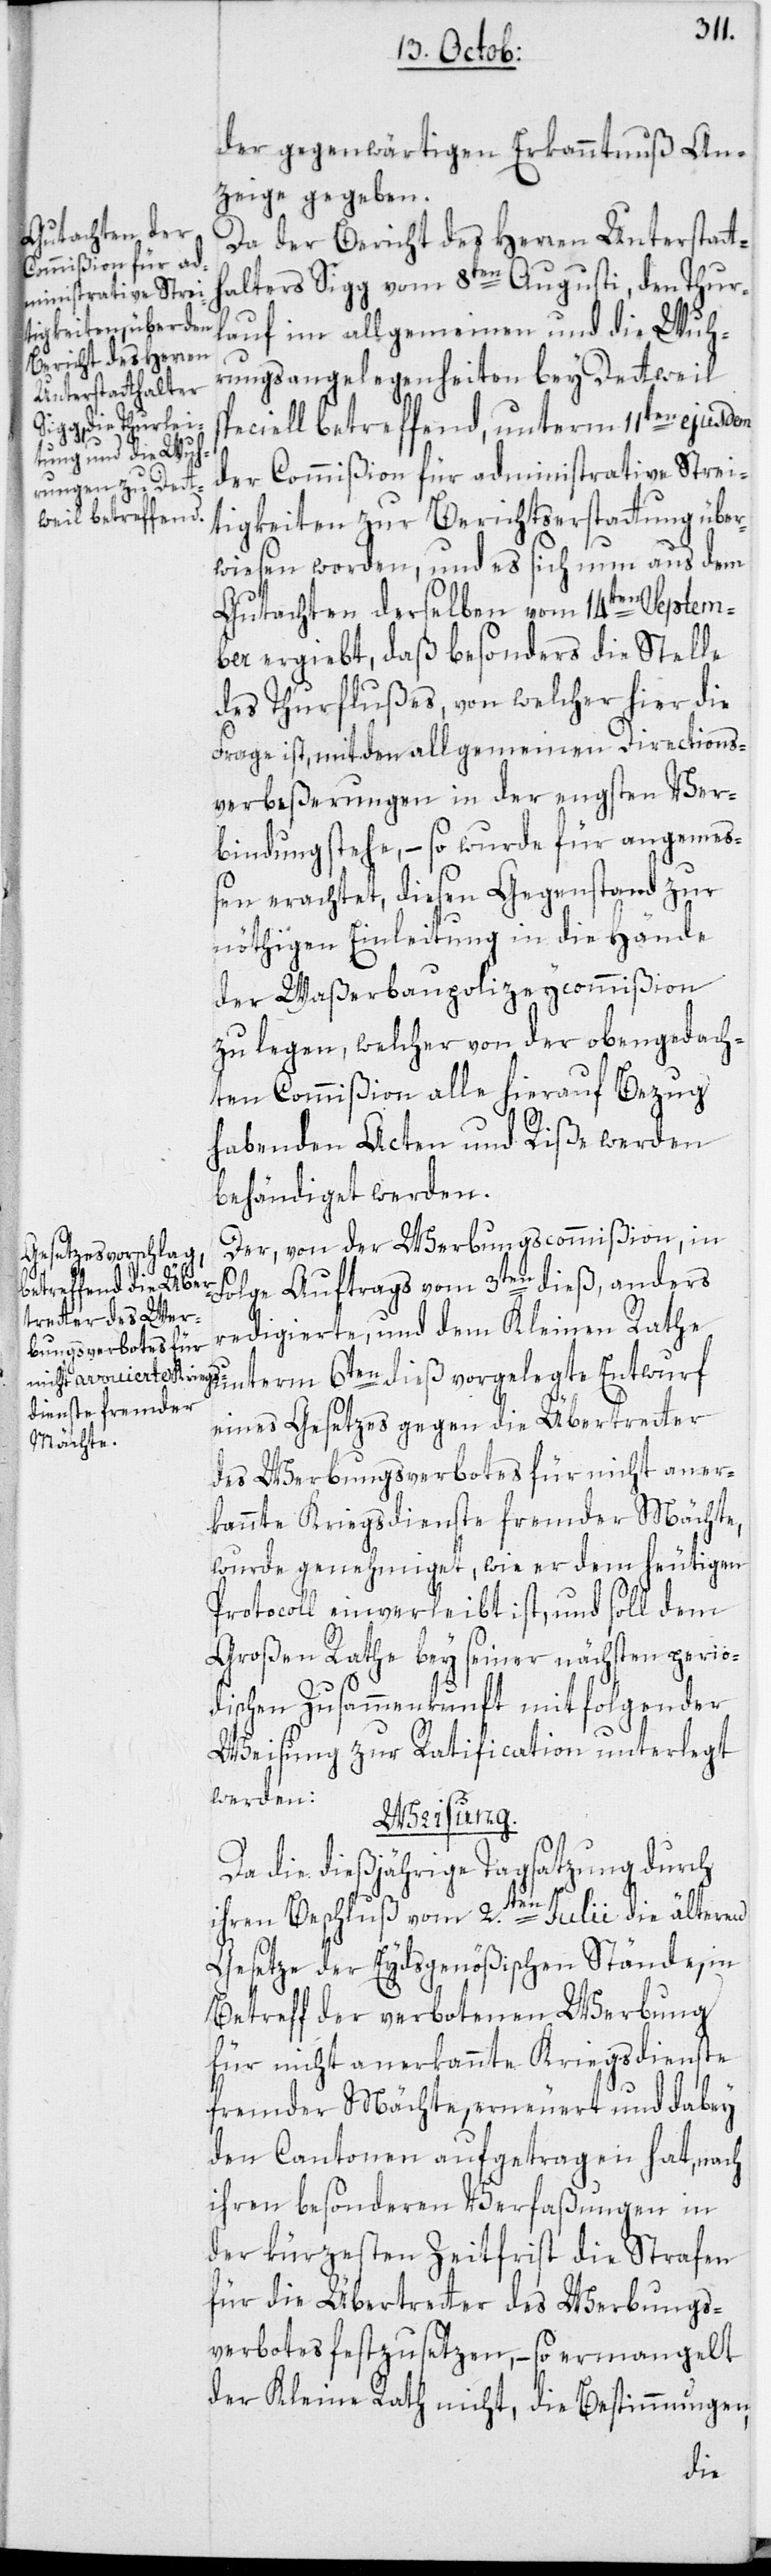
der gegenwärtigen Erkanntnuß An¬
zeige gegeben.
Da der Bericht des Herren Unterstatt¬
halters Sigg vom 8ten Augusti, den Thur¬
lauf im allgemeinen und die Wuh¬
rungsangelegenheiten bey Dettweil
peciell betreffend, unterm 11ten ejusdem
der Commißion für administrative Strei¬
tigkeiten zur Berichtserstattung über¬
wiesen worden, und es sich nun aus dem
Gutachten derselben vom 14ten Septem¬
ber ergiebt, daß besonders die Stelle
des Thurflußes, von welcher hier die
Frage ist, mit den allgemeinen Directions¬
verbeßerungen in der engsten Ver¬
bindung stehe, – so wurde für angemes¬
sen erachtet, diesen Gegenstand zur
nöthigen Einleitung in die Hände
der Waßerbaupolizeycommißion
zu legen, welcher von der obengedach¬
ten Commißion alle hierauf Bezug
habenden Acten und Riße werden
behändiget werden.
Der, von der Werbungscommißion, in
Folge Auftrags vom 3ten dieß, anders
redigierte, und dem Kleinen Rathe
unterm 6ten dieß vorgelegte Entwurf
eines Gesetzes gegen die Übertretter
des Werbungsverbotes für nicht aner¬
kannte Kriegsdienste fremder Mächte,
wurde genehmiget, wie er dem heutigen
Protocoll einverleibt ist, und soll dem
Großen Rathe bey seiner nächsten perio¬
dischen Zusammenkunft mit folgender
Weisung zur Ratfication unterlegt
werden:
Weisung.
Da die dießjährige Tagsatzung durch
s¬
ihren Beschluß vom 2.ten Julii die älteren
Gesetze der Eydsgenößischen Stände, in
Betreff der verbotenen Werbung
für nicht anerkannte Kriegsdienste
fremder Mächte, erneuert und dabey
den Cantonen aufgetragen hat, nach
ihren besonderen Verfaßungen in
der kürzesten Zeitfrist die Strafen
für die Übertretter des Werbungs¬
verbotes festzusetzen, – so ermangelt
der Kleine Rath nicht, die Bestimmungen,